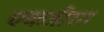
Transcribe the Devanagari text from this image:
एकत्रीरत